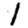
Digit: 1